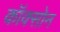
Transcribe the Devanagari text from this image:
कॉक्सोन